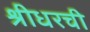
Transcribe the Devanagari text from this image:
श्रीधरची